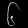
Digit: ၆